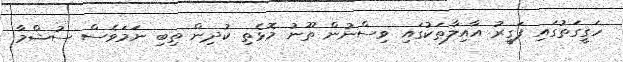
ހަގީގަތުގައި ފަގީރު އާއިލާތަކުގައި ވިސްނުން ތޫނު މޮޅެތި ކުދިން ތިބި ނަމަވެސް ސުޝްމާ